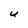
Character: U